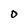
Character: 0